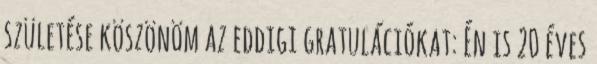
születése köszönöm az eddigi gratulációkat: Én is 20 éves